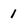
Character: 1